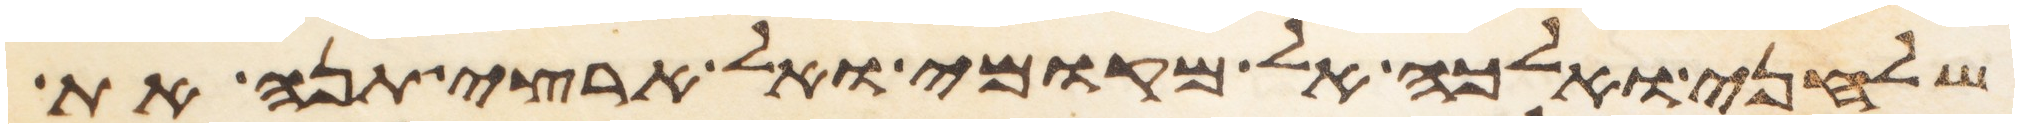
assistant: שלחני ואלכה אל מקומי ואל ארצי תנה את